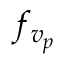
f _ { v _ { p } }